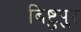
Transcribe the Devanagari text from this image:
बिष्टुपुर